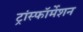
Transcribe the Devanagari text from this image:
ट्रांस्फॉर्मेशन